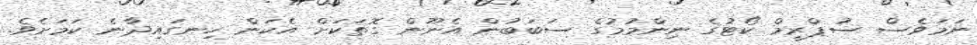
ނަމަވެސް ސުޕްރީމް ކޯޓުގެ ނިންމުމުގެ ސަބަބުން އެނޫން ގޮތަކަށް އެކަން ހިނގައިދާނެ ކަމަށެވެ.